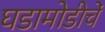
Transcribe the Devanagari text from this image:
घडामोडीचें